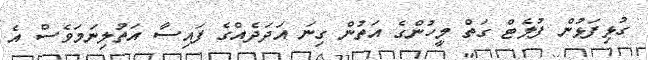
ގުޅިފަޅުން ފުލެޓް ގަތް މީހުންގެ އަތުން ގިނަ އަދަދެއްގެ ފައިސާ އަތުލިނަމަވެސް އެ